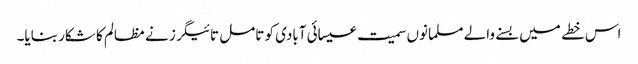
اس خطے میں بسنے والے مسلمانوں سمیت عیسائی آبادی کو تامل تائیگرز نے مظالم کا شکار بنایا۔